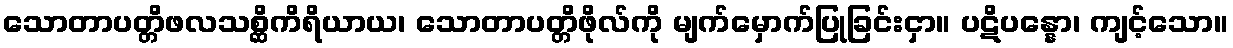
သောတာပတ္တိဖလသစ္ဆိကိရိယာယ၊ သောတာပတ္တိဖိုလ်ကို မျက်မှောက်ပြုခြင်းငှာ။ ပဋိပန္နော၊ ကျင့်သော။